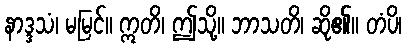
နာဒ္ဒသံ၊ မမြင်။ ဣတိ၊ ဤသို့။ ဘာသတိ၊ ဆို၏။ တံပိ၊